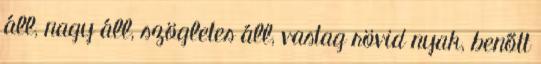
áll, nagy áll, szögletes áll, vastag rövid nyak, benőtt